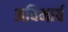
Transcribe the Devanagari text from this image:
अविभार्व